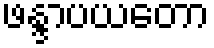
ဖန္ဒာပယတော